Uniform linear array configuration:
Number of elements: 48
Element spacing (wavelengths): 0.5
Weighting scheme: binomial
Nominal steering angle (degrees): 15
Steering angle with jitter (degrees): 14.74
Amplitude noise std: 0.05
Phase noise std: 0.05

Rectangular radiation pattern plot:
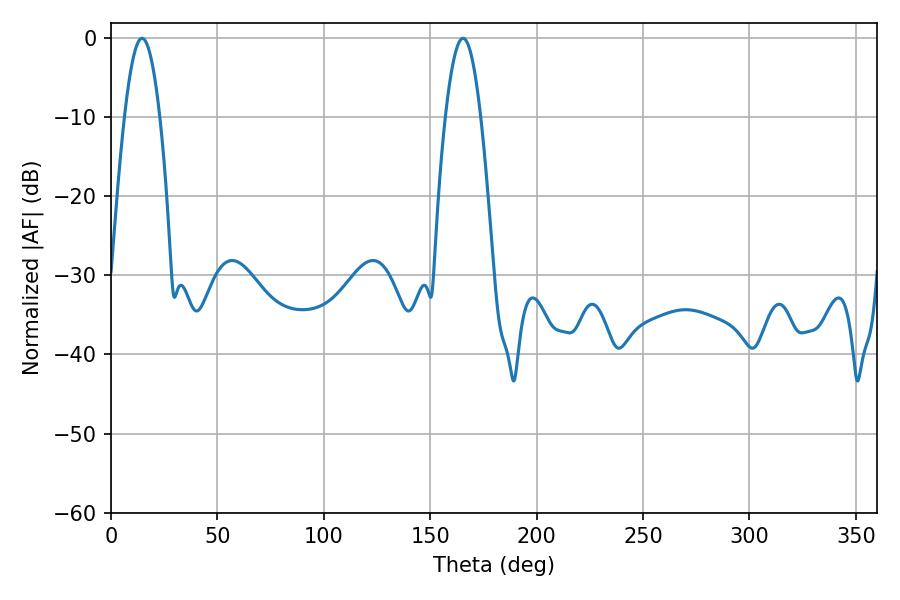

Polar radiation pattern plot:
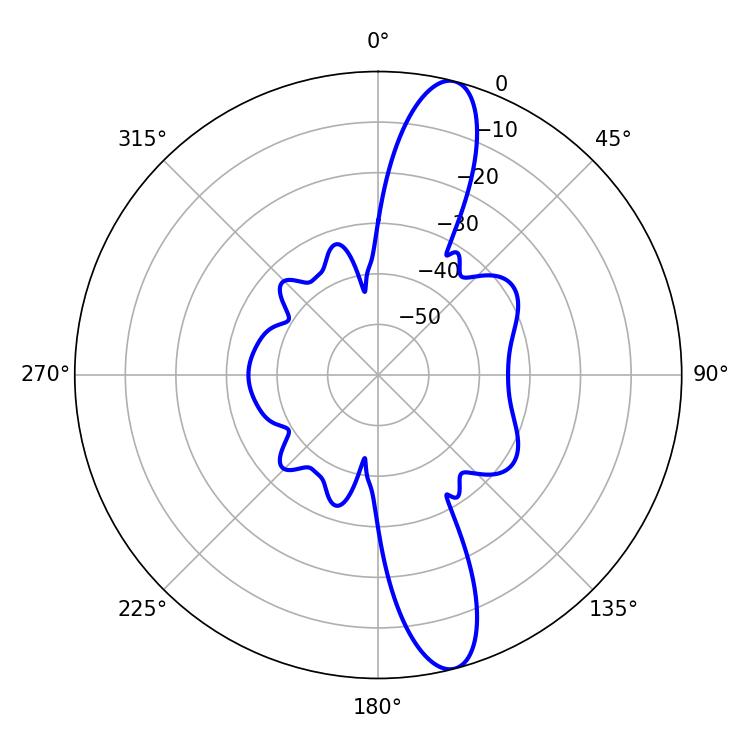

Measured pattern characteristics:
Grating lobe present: FALSE
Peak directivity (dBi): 13.647
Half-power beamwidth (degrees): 9
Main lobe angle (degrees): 14.58